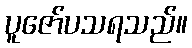
ပူဇော်ပသရသည်။